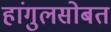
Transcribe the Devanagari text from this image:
हांगुलसोबत